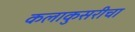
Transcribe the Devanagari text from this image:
कलाकुसरीचा